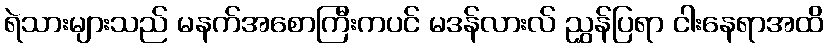
ရဲသားများသည် မနက်အစောကြီးကပင် မဒန်လားလ် ညွှန်ပြရာ ငါးနေရာအထိ